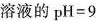
溶液的$$p H = 9$$